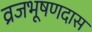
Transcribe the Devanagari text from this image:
व्रजभूषणदास